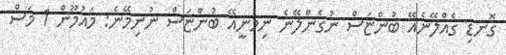
ގޮނޑި ގެއްލޭނެއޭ ބުންޏަސް ނުގެންލޭނެ ނިމުނީއޭ ބުންޏަސް ނުނިމޭނެ: މައުމޫން 1 މަސް